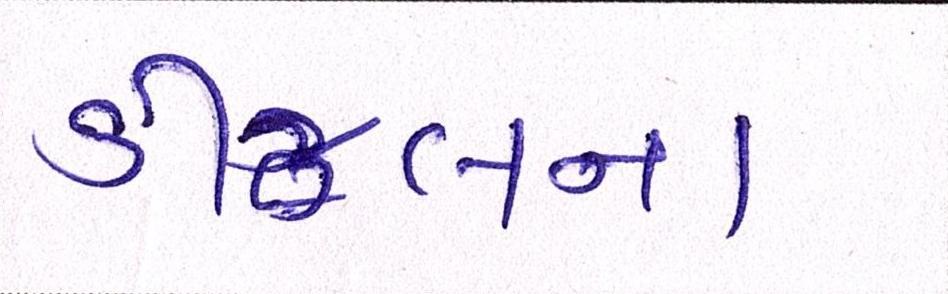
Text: ડીઝલના